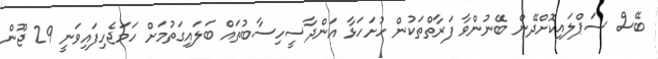
ބޭސް ސަޕްލައިކޮށްދޭން ބޭނުންވާ ފަރާތްތަކުން ހުށަހަޅާ އަންދާސީހިސާބުތައް ބަލައިގަތުމަށް ހަމަޖެހިފައިވަނީ 29 ޖޫން